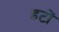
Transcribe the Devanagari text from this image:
हटों